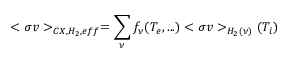
< \sigma v > _ { C X , H _ { 2 } , e f f } = \sum _ { \nu } f _ { \nu } ( T _ { e } , . . . ) < \sigma v > _ { H _ { 2 } ( \nu ) } ( T _ { i } )